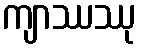
ကျာဿဿု